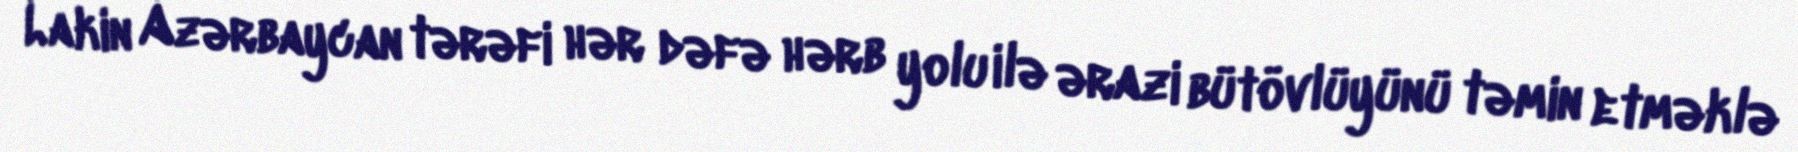
Lakin Azərbaycan tərəfi hər dəfə hərb yolu ilə ərazi bütövlüyünü təmin etməklə